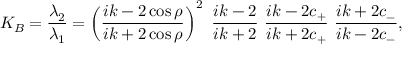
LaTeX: K _ { B } = \frac { \lambda _ { 2 } } { \lambda _ { 1 } } = \left( \frac { i k - 2 \cos \rho } { i k + 2 \cos \rho } \right) ^ { 2 } \ \frac { i k - 2 } { i k + 2 } \ \frac { i k - 2 c _ { + } } { i k + 2 c _ { + } } \ \frac { i k + 2 c _ { - } } { i k - 2 c _ { - } } ,